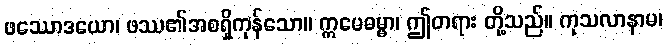
ဖဿောဒယော၊ ဖဿ၏အစရှိကုန်သော။ ဣမေဓမ္မာ၊ ဤတရား တို့သည်။ ကုသလာနာမ၊